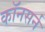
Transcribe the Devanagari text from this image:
कॉनसर्न